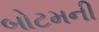
બોટમની